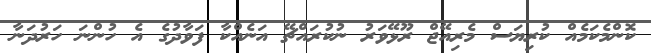
ކޮންމެކަމެއް ކުރިޔަސް މެރިއޭޖް ރޫޅޭވަރު ނުކުރައްޗޭ އަނެއްކާ ފަވާދުގެ އެ ހުންނަ ހަރުދަނާ